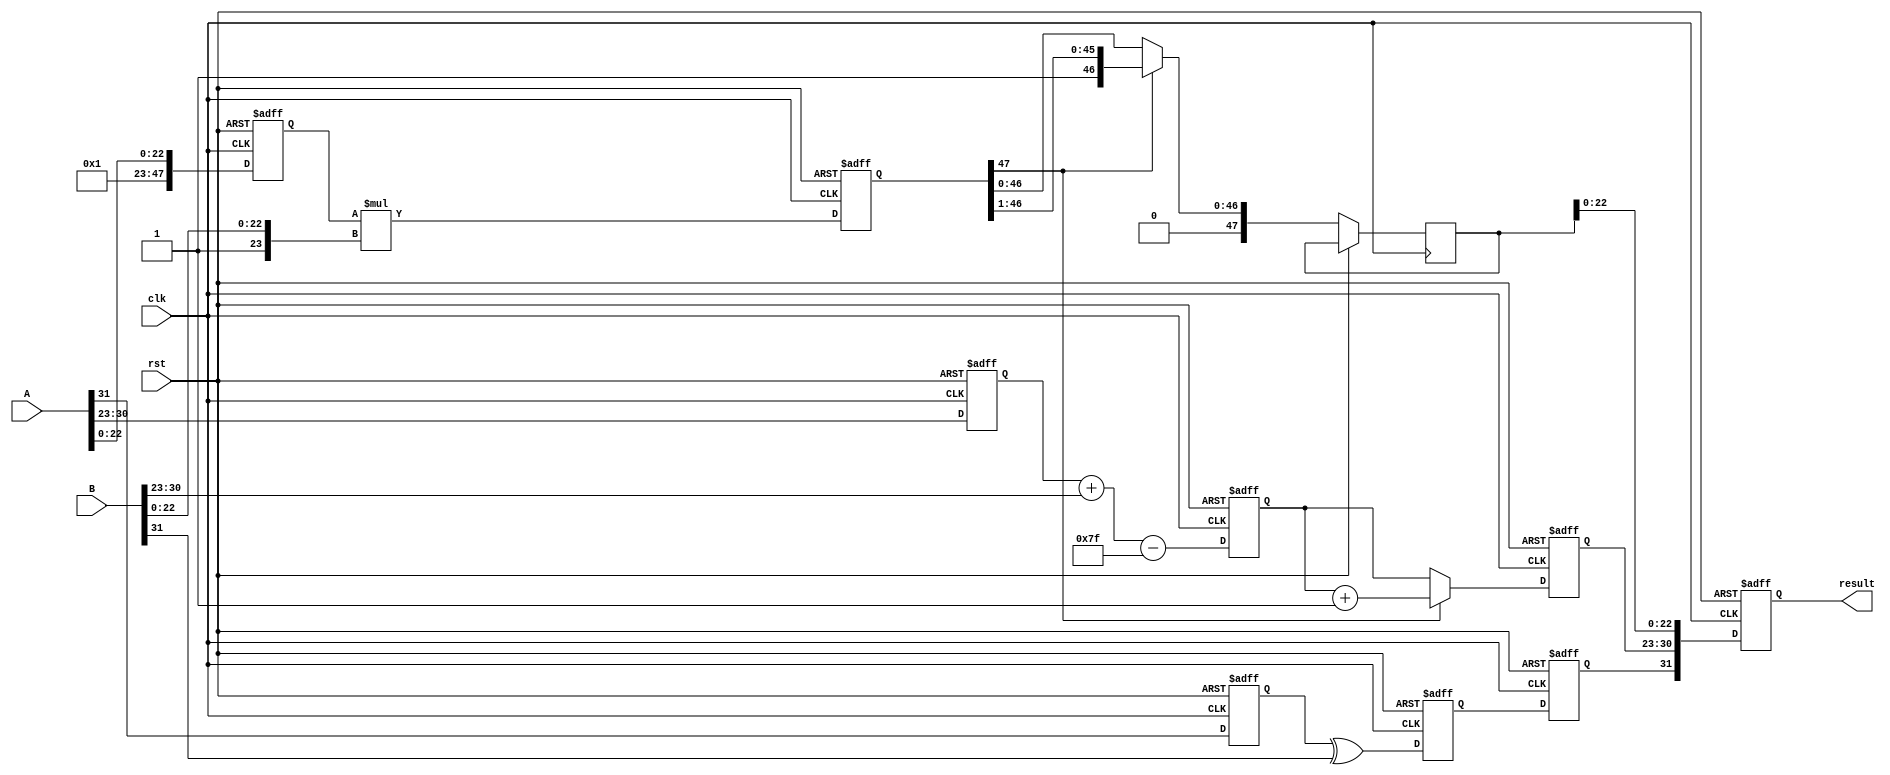
module fp_multiplier (
    input clk,
    input rst,
    input [31:0] A, // Input floating-point number A
    input [31:0] B, // Input floating-point number B
    output reg [31:0] result // Output floating-point result
);

    // IEEE 754 components
    wire sign_A = A[31];
    wire sign_B = B[31];
    wire [7:0] exp_A = A[30:23];
    wire [7:0] exp_B = B[30:23];
    wire [22:0] mant_A = A[22:0];
    wire [22:0] mant_B = B[22:0];

    // Pipeline registers
    reg sign_reg1, sign_reg2, sign_reg3;
    reg [7:0] exp_reg1, exp_reg2, exp_reg3;
    reg [47:0] mant_reg1, mant_reg2, mant_reg3; // 48 bits for mantissa multiplication
    reg [7:0] exp_result;
    reg sign_result;

    // Bias for single-precision floating-point
    localparam BIAS = 8'd127;

    // Stage 1: Input Registration
    always @(posedge clk or posedge rst) begin
        if (rst) begin
            sign_reg1 <= 0;
            exp_reg1 <= 0;
            mant_reg1 <= 0;
        end else begin
            sign_reg1 <= sign_A;
            exp_reg1 <= exp_A;
            mant_reg1 <= {1'b1, mant_A}; // Implicit leading 1 for normalized numbers
        end
    end

    // Stage 2: Sign Calculation
    always @(posedge clk or posedge rst) begin
        if (rst) begin
            sign_reg2 <= 0;
        end else begin
            sign_reg2 <= sign_reg1 ^ sign_B; // XOR for sign
        end
    end

    // Stage 3: Exponent Calculation
    always @(posedge clk or posedge rst) begin
        if (rst) begin
            exp_reg2 <= 0;
        end else begin
            exp_reg2 <= exp_reg1 + exp_B - BIAS; // Add exponents and subtract bias
        end
    end

    // Stage 4: Mantissa Multiplication
    always @(posedge clk or posedge rst) begin
        if (rst) begin
            mant_reg2 <= 0;
        end else begin
            mant_reg2 <= mant_reg1 * {1'b1, mant_B}; // Multiply mantissas
        end
    end

    // Stage 5: Result Normalization
    always @(posedge clk or posedge rst) begin
        if (rst) begin
            exp_result <= 0;
            sign_result <= 0;
        end else begin
            // Normalize the mantissa
            if (mant_reg2[47]) begin
                // If the result is normalized
                exp_result <= exp_reg2 + 1;
                mant_reg3 <= mant_reg2 >> 1; // Shift right
            end else begin
                // If the result is denormalized
                exp_result <= exp_reg2;
                mant_reg3 <= mant_reg2; // No shift
            end
            sign_result <= sign_reg2;
        end
    end

    // Stage 6: Final Registration
    always @(posedge clk or posedge rst) begin
        if (rst) begin
            result <= 0;
        end else begin
            // Combine sign, exponent, and mantissa into result
            result <= {sign_result, exp_result, mant_reg3[22:0]}; // Truncate to 23 bits
        end
    end

endmodule